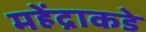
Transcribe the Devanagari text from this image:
महेंद्राकडे